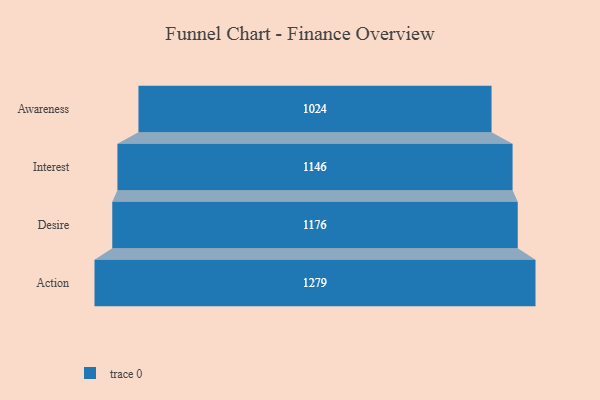
{"axis": {"x": "Stage", "y": "Value"}, "legend": [""], "data": [{"x": "Awareness", "y": 1024.0, "type": ""}, {"x": "Interest", "y": 1146.0, "type": ""}, {"x": "Desire", "y": 1176.0, "type": ""}, {"x": "Action", "y": 1279.0, "type": ""}]}